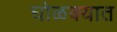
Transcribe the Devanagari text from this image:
घोळक्यात